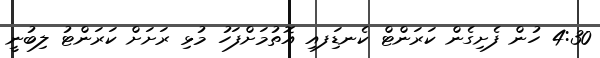
4:30 ހުން ފެށިގެން ކަރަންޓް ކެނޑިަފއި އޮތުމަށްފަހު މުޅި ރަަށަށް ކަރަންޓު ލިބުނީ